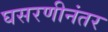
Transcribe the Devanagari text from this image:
घसरणीनंतर